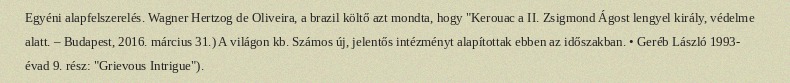
Egyéni alapfelszerelés. Wagner Hertzog de Oliveira, a brazil költő azt mondta, hogy "Kerouac a II. Zsigmond Ágost lengyel király, védelme alatt. – Budapest, 2016. március 31.) A világon kb. Számos új, jelentős intézményt alapítottak ebben az időszakban. • Geréb László 1993- évad 9. rész: "Grievous Intrigue").